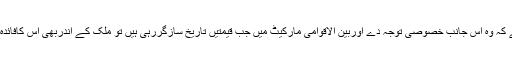
لہٰذا حکومت کو چاہیے کہ وہ اس جانب خصوصی توجہ دے اوربین الاقوامی مارکیٹ میں جب قیمتیں تاریخ سازگررہی ہیں تو ملک کے اندربھی اس کافائدہ عوام کوپہنچناچاہیے ۔